Lunatic asylums in Bengal annual reports 1888-1898 - 1888-1898
Year: 1888
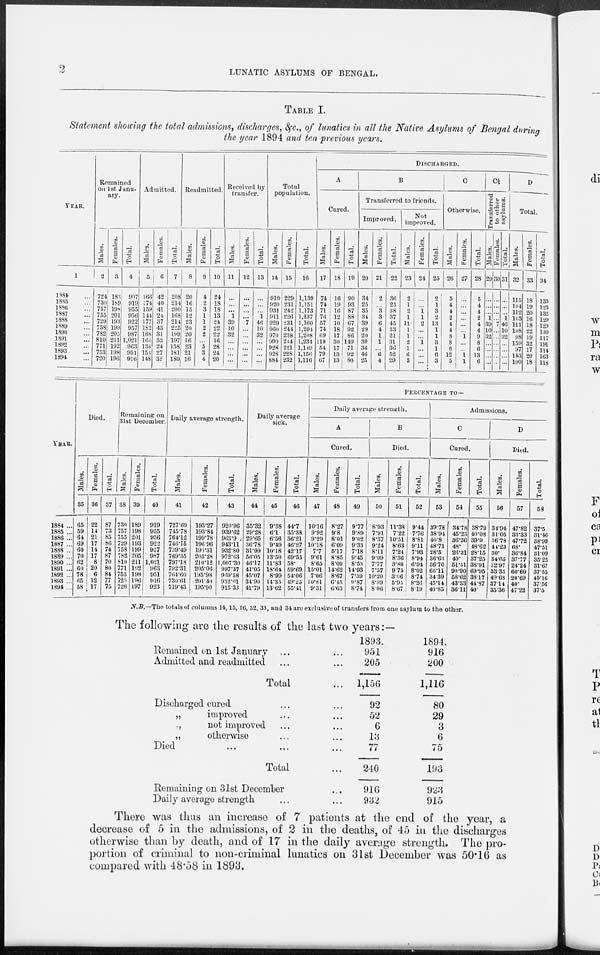
2
LUNATIC ASYLUMS OF BENGAL.
TABLE I.
Statement showing the total admissions, discharges, &c., of lunatics in all the Native Asylums of Bengal during
the year 1894 and ten previous years.
YEAR.
1
1884 ...
1885 ...
1886 ...
1887 ...
1888 ...
1889 ...
1890 ...
1891 ...
1892 ...
1893 ...
1894 ...
Remained
on 1st Janu¬
ary.
Males.
2
724
730
757
755
729
758
782
810
771
753
720
Females.
3
183
189
198
201
193
199
205
211
192
198
196
Total.
4
907
919
955
956
922
957
987
1,021
963
951
916
Admitted.
Males.
5
166
174
159
144
177
182
168
164
134
151
148
Females.
6
42
40
41
24
37
43
31
33
24
27
32
Total.
7
208
214
200
168
214
225
199
197
158
181
180
Readmitted.
Males.
8
20
16
15
12
23
20
20
16
23
21
16
Females.
9
4
2
3
1
1
2
2
...
5
3
4
Total.
10
24
18
18
13
24
22
22
16
28
24
20
Received by
transfer.
Males.
11
...
...
...
1
39
10
32
...
...
...
...
Females.
12
...
...
...
...
7
...
...
...
...
...
...
Total.
13
...
...
...
1
46
10
32
...
...
...
...
Total
population.
Males.
14
910
920
931
911
929
960
970
990
928
928
884
Females.
15
229
231
242
226
231
244
238
244
221
228
232
Total.
16
1,139
1,151
1,173
1,137
1,160
1,204
1,208
1,234
1,149
1,156
1,110
DISCHARGED.
A
Cured.
Males.
17
74
74
71
76
57
74
69
119
54
79
67
Females.
18
16
19
16
12
10
18
17
30
17
13
13
Total.
19
90
93
87
88
67
92
86
149
71
92
80
B
Transferred to friends.
Improved.
Males.
20
34
25
35
34
39
29
20
30
36
46
25
Females.
21
2
...
3
3
6
4
1
1
...
6
4
Total.
22
36
25
38
37
45
33
21
31
36
52
29
Not
improved.
Males.
23
2
1
2
1
11
1
1
2
1
6
3
Females.
24
...
...
1 1
2
...
...
1
...
...
...
Total.
25
2
1
3
2
13
1
1
3
1
6
3
C
Otherwise.
Males.
26
5
4
4
2
4
4
8
8
6
12
5
Females.
27
...
...
...
...
...
...
1
...
...
1
1
Total.
28
5
4
4
2
4
4
9
8
6
13
6
C½
Transferred
to other
asylums.
Males.
29
...
...
...
1
39
10
32
...
...
...
...
Females.
30
...
...
...
...
7
...
...
...
...
...
...
Total.
31
...
...
...
1
46
10
32
...
...
...
...
D
Total.
Males.
32
115
104
112
113
111
108
98
159
97
143
100
Females.
33
18
19
20
10
18
22
19
32
17
20
18
Total.
34
133
123
132
129
129
130
117
191
114
163
118
YEAR.
1884 ...
1885 ...
1886 ...
1887 ...
1888 ...
1889 ...
1890 ...
1891 ...
1892 ...
1893 ...
1894 ...
Died.
Males.
35
65
59
64
69
60
70
62
60
78
65
58
Females.
36
22
14
21
17
14
17
8
20
6
12
17
Total.
37
87
73
85
86
74
87
70
80
84
77
75
Remaining on
31st December.
M ales.
38
730
757
755
729
758
782
810
771
753
720
726
Females.
39
189
198
201
193
199
205
211
192
198
l96
197
Total.
40
919
955
956
922
957
987
1,021
963
951
916
923
Daily average strength.
Males.
41
727.69
745.78
764.12
746.15
739.49
769.35
797.18
792.31
764.60
730.61
719.43
Females.
42
193.27
193.84
199.78
196 96
198.31
203.28
210.12
205.06
195.98
201.40
195.90
Total.
43
920.96
939.62
963.9
943.11
932.80
972.63
1,007.30
997.37
960.58
932.01
915.33
Daily average
sick.
Males.
44
35.32
29.28
29.65
36.78
31.99
56.05
46.17
41.05
45.07
34.90
41.79
Females.
45
9.38
6.1
6.56
9.49
10.18
13.50
11.83
18.64
8.99
14.35
13.62
Total.
46
44.7
35.38
36.21
46.27
42.17
69.55
58.
59.69
54.06
49.25
55.41
PERCENTAGE TO—
Daily average strength.
A
Cured.
Males.
47
10.16
9.92
9.29
10.18
7.7
9.61
8.65
15.01
7.06
10.81
9.31
Females.
48
8.27
9.8
8.01
6.09
5.17
8.85
8.09
14.62
8.67
6.45
6.63
Total.
49
9.77
9.89
9.02
9.33
7.18
9.45
8.53
14.93
7.39
9.87
8.74
B
Died.
Males.
50
8.93
7.91
8.37
9.24
8.11
9.09
7.77
7.57
10.20
8.89
8.06
Females.
51
11.38
722
10.51
8.63
7.24
8.36
3.80
975
3.06
5.95
8.67
Total.
52
9.44
7.76
8.81
9.11
7.93
8.94
6.94
8.02
8.74
8.26
8.19
Admissions.
C
Cured.
Males.
53
39.78
38.94
40.8
48.71
28.5
36.63
3670
66.11
34.39
45.14
40.85
Females.
54
34.78
45.23
36.36
48.
26.31
40.
51.51
90.90
58.62
43.33
36.11
Total.
55
38.79
40.08
39.9
48.62
28.15
37.25
38.91
69.95
38.17
41.87
40.
D
Died.
Males.
56
34.94
31.05
36.78
44.23
30.
34.65
32.97
33.33
49.68
37.14
35.36
Females.
57
47.82
33.33
47.72
68.
36.84
37.77
24.24
60.60
20.69
40.
47.22
Total.
58
37.5
31.46
38.99
47.51
31.09
35.22
31.67
37.55
45.16
37.56
37.5
N.B.—The totals of columns 14,15, 16, 32, 33, and 34 are exclusive of transfers from one asylum to the other.
The following are the results of the last two years: —
Remained on 1st January ... ...
Admitted and readmitted ... ...
Total ...
Discharged cured ... ...
„
improved ... ...
.,
not improved ... ...
„
otherwise ... ...
Died ... ... ...
Total ...
Remaining on 31st December ...
Daily average strength ... ...
1893.
951
205
1,156
92
52
6
13
77
240
916
932
1894.
916
200
1,116
80
29
3
6
75
193
923
915
There was thus an increase of 7 patients at the end of the year, a
decrease of 5 in the admissions, of 2 in the deaths, of 45 in the discharges
otherwise than by death, and of 17 in the daily average strength. The pro-
portion of criminal to non-criminal lunatics on 31st December was 50.16 as
compared with 48.58 in 1893.